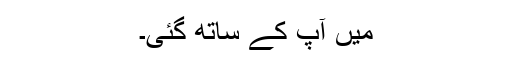
مَیں آپؐ کے ساتھ گئی۔